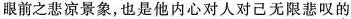
眼前之悲凉景象，也是他内心对人对己无限悲叹的